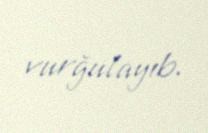
vurğulayıb.